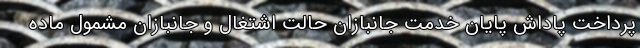
پرداخت پاداش پایان خدمت جانبازان حالت اشتغال و جانبازان مشمول ماده